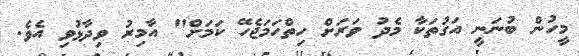
މީހުން ބުނަނީ އަގުތަކާ މެދު ވަރަށް ހިތްހަމަޖެހޭ ކަމަށް" އާމިރު ވިދާޅުވި އެވެ.